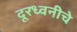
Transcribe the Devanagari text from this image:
दूरध्वनीचे